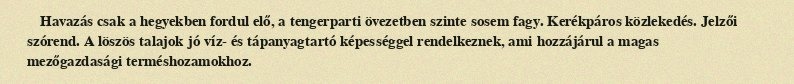
Havazás csak a hegyekben fordul elő, a tengerparti övezetben szinte sosem fagy. Kerékpáros közlekedés. Jelzői szórend. A löszös talajok jó víz- és tápanyagtartó képességgel rendelkeznek, ami hozzájárul a magas mezőgazdasági terméshozamokhoz.